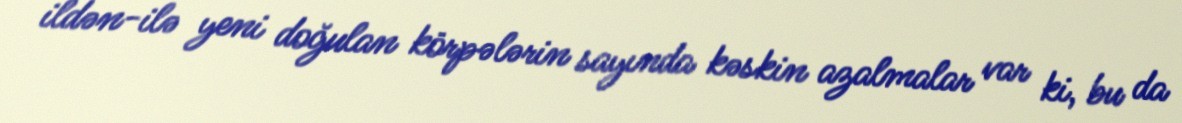
ildən-ilə yeni doğulan körpələrin sayında kəskin azalmalar var ki, bu da